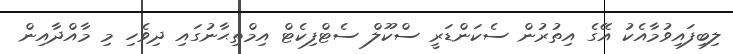
ލިބިފައިވުމާއެކު އޭގެ އިތުރުން ސެކަންޑަރީ ސްކޫލް ސެޓްފިކެޓް އިމްތިޙާނުގައި ދިވެހި މި މާއްދާއިން